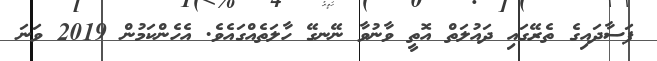
ފަސާދައިގެ ތެރޭގައި ދައުލަތް އޮތީ ވާނުވާ ނޭނގޭ ހާލަތެއްގައެވެ. އެހެންކަމުން 2019 ވަނަ